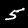
Digit: 5